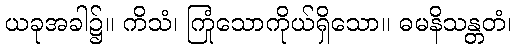
ယခုအခါ၌။ ကိသံ၊ ကြုံသောကိုယ်ရှိသော။ ဓမနိသန္တတံ၊